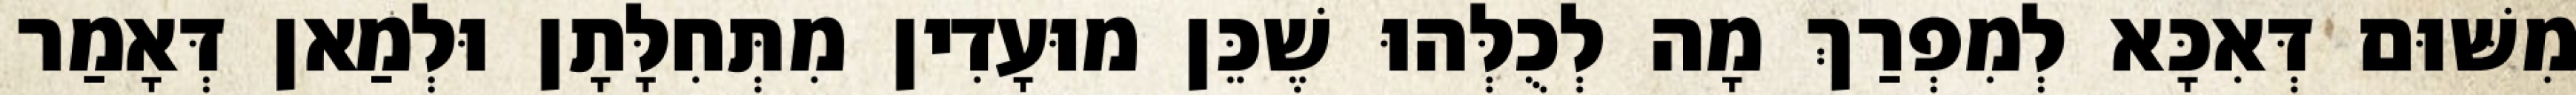
מִשּׁוּם דְּאִכָּא לְמִפְרַךְ מָה לְכֻלְּהוּ שֶׁכֵּן מוּעָדִין מִתְּחִלָּתָן וּלְמַאן דְּאָמַר